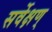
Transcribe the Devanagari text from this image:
सर्वेक्षण्